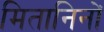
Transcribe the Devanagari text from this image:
मितानिनों